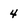
Character: 4